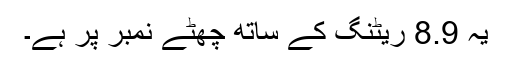
یہ 8.9 ریٹنگ کے ساتھ چھٹے نمبر پر ہے۔